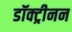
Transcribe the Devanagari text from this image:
डॉक्ट्रीनन